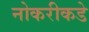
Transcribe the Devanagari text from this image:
नोकरीकडे